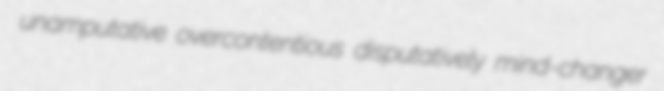
unamputative overcontentious disputatively mind-changer